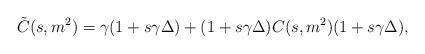
LaTeX: \begin{align*} \tilde C(s, m^2) = \gamma(1 + s\gamma\Delta) + (1 + s\gamma \Delta) C(s, m^2) (1 + s\gamma \Delta),\end{align*}